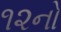
૧૨નો